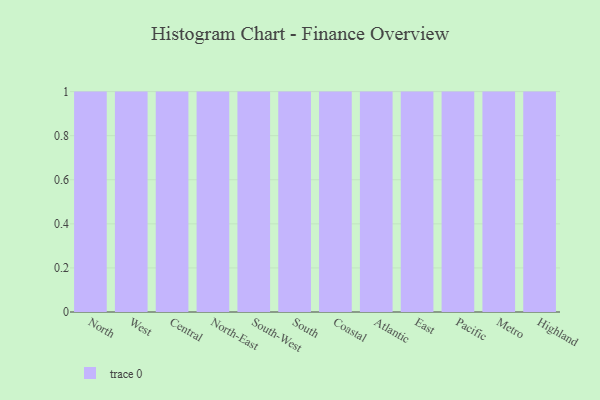
{"axis": {"x": "Region", "y": "LTV (USD)"}, "legend": [""], "data": [{"x": "North", "y": 25, "type": ""}, {"x": "West", "y": 65, "type": ""}, {"x": "Central", "y": 1, "type": ""}, {"x": "North-East", "y": 81, "type": ""}, {"x": "South-West", "y": 66, "type": ""}, {"x": "South", "y": 57, "type": ""}, {"x": "Coastal", "y": 9, "type": ""}, {"x": "Atlantic", "y": 84, "type": ""}, {"x": "East", "y": 96, "type": ""}, {"x": "Pacific", "y": 58, "type": ""}, {"x": "Metro", "y": 35, "type": ""}, {"x": "Highland", "y": 9, "type": ""}]}